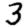
Digit: 3